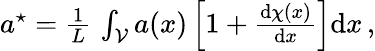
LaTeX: \begin{array}{r}{a^{\star}=\frac{1}{L}\, \int_{\mathcal{V}}a(x)\left[1+\frac{\mathrm{d}\chi(x)}{\mathrm{d}x}\right]\mathrm{d}x\, ,}\end{array}